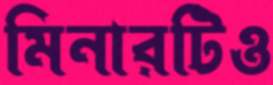
মিনারটিও